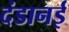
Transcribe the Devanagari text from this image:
दंडानई